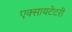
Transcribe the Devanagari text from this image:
एक्सायटेटरी